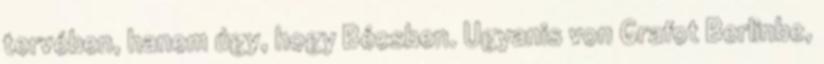
tervében, hanem úgy, hogy Bécsben. Ugyanis von Grafot Berlinbe,